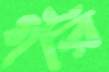
গঁরি